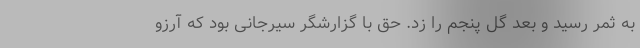
به ثمر رسید و بعد گل پنجم را زد. حق با گزارشگر سیرجانی بود که آرزو